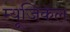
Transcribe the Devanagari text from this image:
म्यूजिकॅल